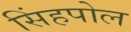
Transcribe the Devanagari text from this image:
सिंहपोल